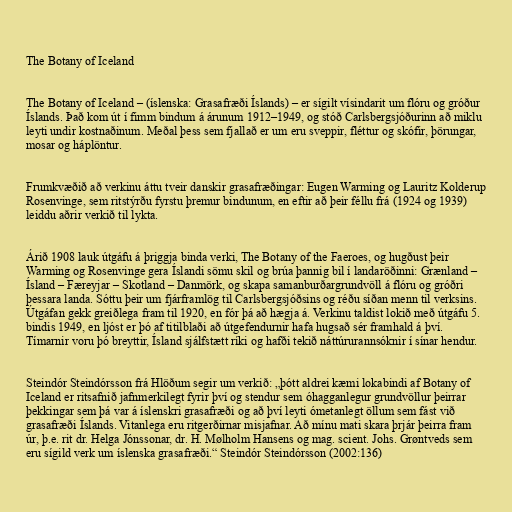
The Botany of Iceland

The Botany of Iceland – (íslenska: Grasafræði Íslands) – er sígilt vísindarit um flóru og gróður
Íslands. Það kom út í fimm bindum á árunum 1912–1949, og stóð Carlsbergsjóðurinn að miklu
leyti undir kostnaðinum. Meðal þess sem fjallað er um eru sveppir, fléttur og skófir, þörungar,
mosar og háplöntur.

Frumkvæðið að verkinu áttu tveir danskir grasafræðingar: Eugen Warming og Lauritz Kolderup
Rosenvinge, sem ritstýrðu fyrstu þremur bindunum, en eftir að þeir féllu frá (1924 og 1939)
leiddu aðrir verkið til lykta.

Árið 1908 lauk útgáfu á þriggja binda verki, The Botany of the Faeroes, og hugðust þeir
Warming og Rosenvinge gera Íslandi sömu skil og brúa þannig bil í landaröðinni: Grænland –
Ísland – Færeyjar – Skotland – Danmörk, og skapa samanburðargrundvöll á flóru og gróðri
þessara landa. Sóttu þeir um fjárframlög til Carlsbergsjóðsins og réðu síðan menn til verksins.
Útgáfan gekk greiðlega fram til 1920, en fór þá að hægja á. Verkinu taldist lokið með útgáfu 5.
bindis 1949, en ljóst er þó af titilblaði að útgefendurnir hafa hugsað sér framhald á því.
Tímarnir voru þó breyttir, Ísland sjálfstætt ríki og hafði tekið náttúrurannsóknir í sínar hendur.

Steindór Steindórsson frá Hlöðum segir um verkið: „þótt aldrei kæmi lokabindi af Botany of
Iceland er ritsafnið jafnmerkilegt fyrir því og stendur sem óhagganlegur grundvöllur þeirrar
þekkingar sem þá var á íslenskri grasafræði og að því leyti ómetanlegt öllum sem fást við
grasafræði Íslands. Vitanlega eru ritgerðirnar misjafnar. Að mínu mati skara þrjár þeirra fram
úr, þ.e. rit dr. Helga Jónssonar, dr. H. Mølholm Hansens og mag. scient. Johs. Grøntveds sem
eru sígild verk um íslenska grasafræði.“ Steindór Steindórsson (2002:136)